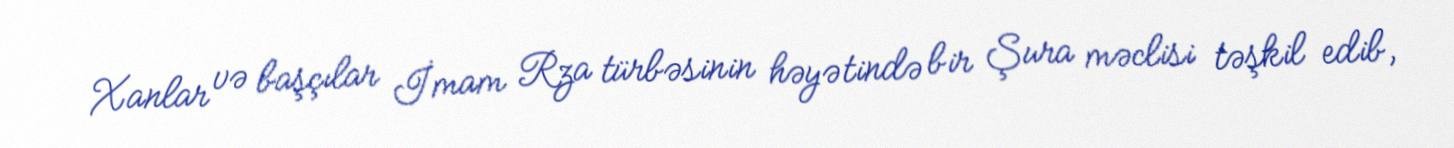
Xanlar və başçılar İmam Rza türbəsinin həyətində bir Şura məclisi təşkil edib,